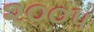
૨૦૦પ